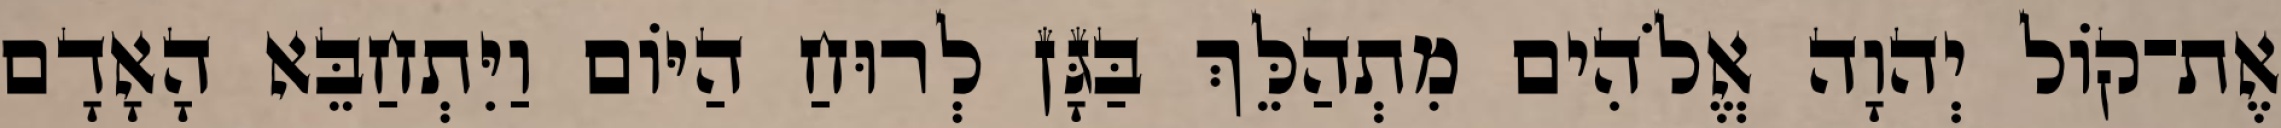
אֶת־קֹול יְהוָה אֱלֹהִים מִתְהַלֵּךְ בַּגָּן לְרוּחַ הַיֹּום וַיִּתְחַבֵּא הָאָדָם